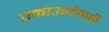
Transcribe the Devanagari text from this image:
एकाउन्टैन्सी